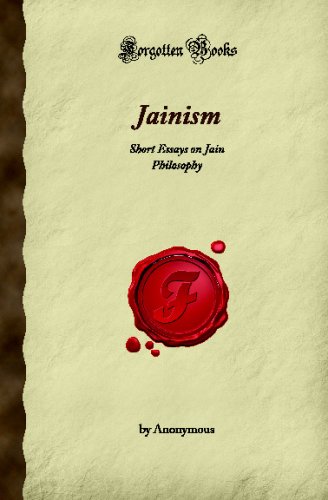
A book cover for Jainism: Short Essays on Jain Philosophy (Forgotten Books); Unknown; Religion & Spirituality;